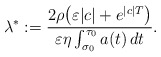
\begin{align*}\lambda^{*}:= \dfrac{2 \rho \bigl(\varepsilon |c| + e^{|c|T}\bigl )}{\varepsilon\eta \int_{\sigma_{0}}^{\tau_{0}} a(t)~\!dt}.\end{align*}